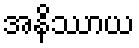
အနိဿာယ